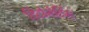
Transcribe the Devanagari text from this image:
डिटोनेटिंग